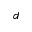
d